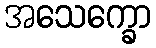
အသေက္ခော